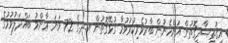
އިޤުތިޞާދީގޮތުން އަންހެނުން ބާރުވެރިކުރުވުމާ ގުޅޭގޮތުން އ.ދ.ގެ 72 ވަނަ ޢާންމު ބައްދަލުވުމުގެ